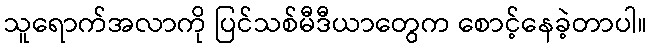
သူရောက်အလာကို ပြင်သစ်မီဒီယာတွေက စောင့်နေခဲ့တာပါ။